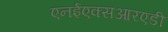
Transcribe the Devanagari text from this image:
एनईएक्सआरएडी